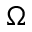
\Omega